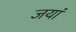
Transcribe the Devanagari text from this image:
जयां